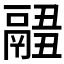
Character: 𩱂